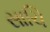
સાચિ